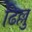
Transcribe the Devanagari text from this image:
ढिल्लु